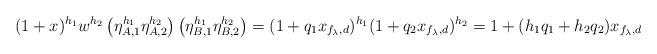
LaTeX: \begin{align*}(1+x)^{h_1} w^{h_2}\left(\eta_{A,1}^{h_1}\eta_{A,2}^{h_2}\right)\left(\eta_{B,1}^{h_1}\eta_{B,2}^{h_2}\right)= (1 + q_1x_{f_{\lambda},d})^{h_1} (1 + q_2x_{f_{\lambda},d})^{h_2}= 1+(h_1q_1+h_2q_2)x_{f_{\lambda},d}\end{align*}